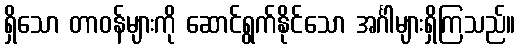
ရှိသော တာဝန်များကို ဆောင်ရွက်နိုင်သော အင်္ဂါများရှိကြသည်။